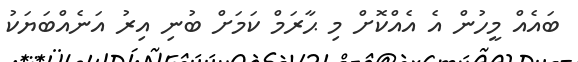
ބައެއް މީހުން އެ އެއްކޮށް މި ޙާރަމް ކަމަށް ބުނި އިރު އަނެއްބަޔަކު